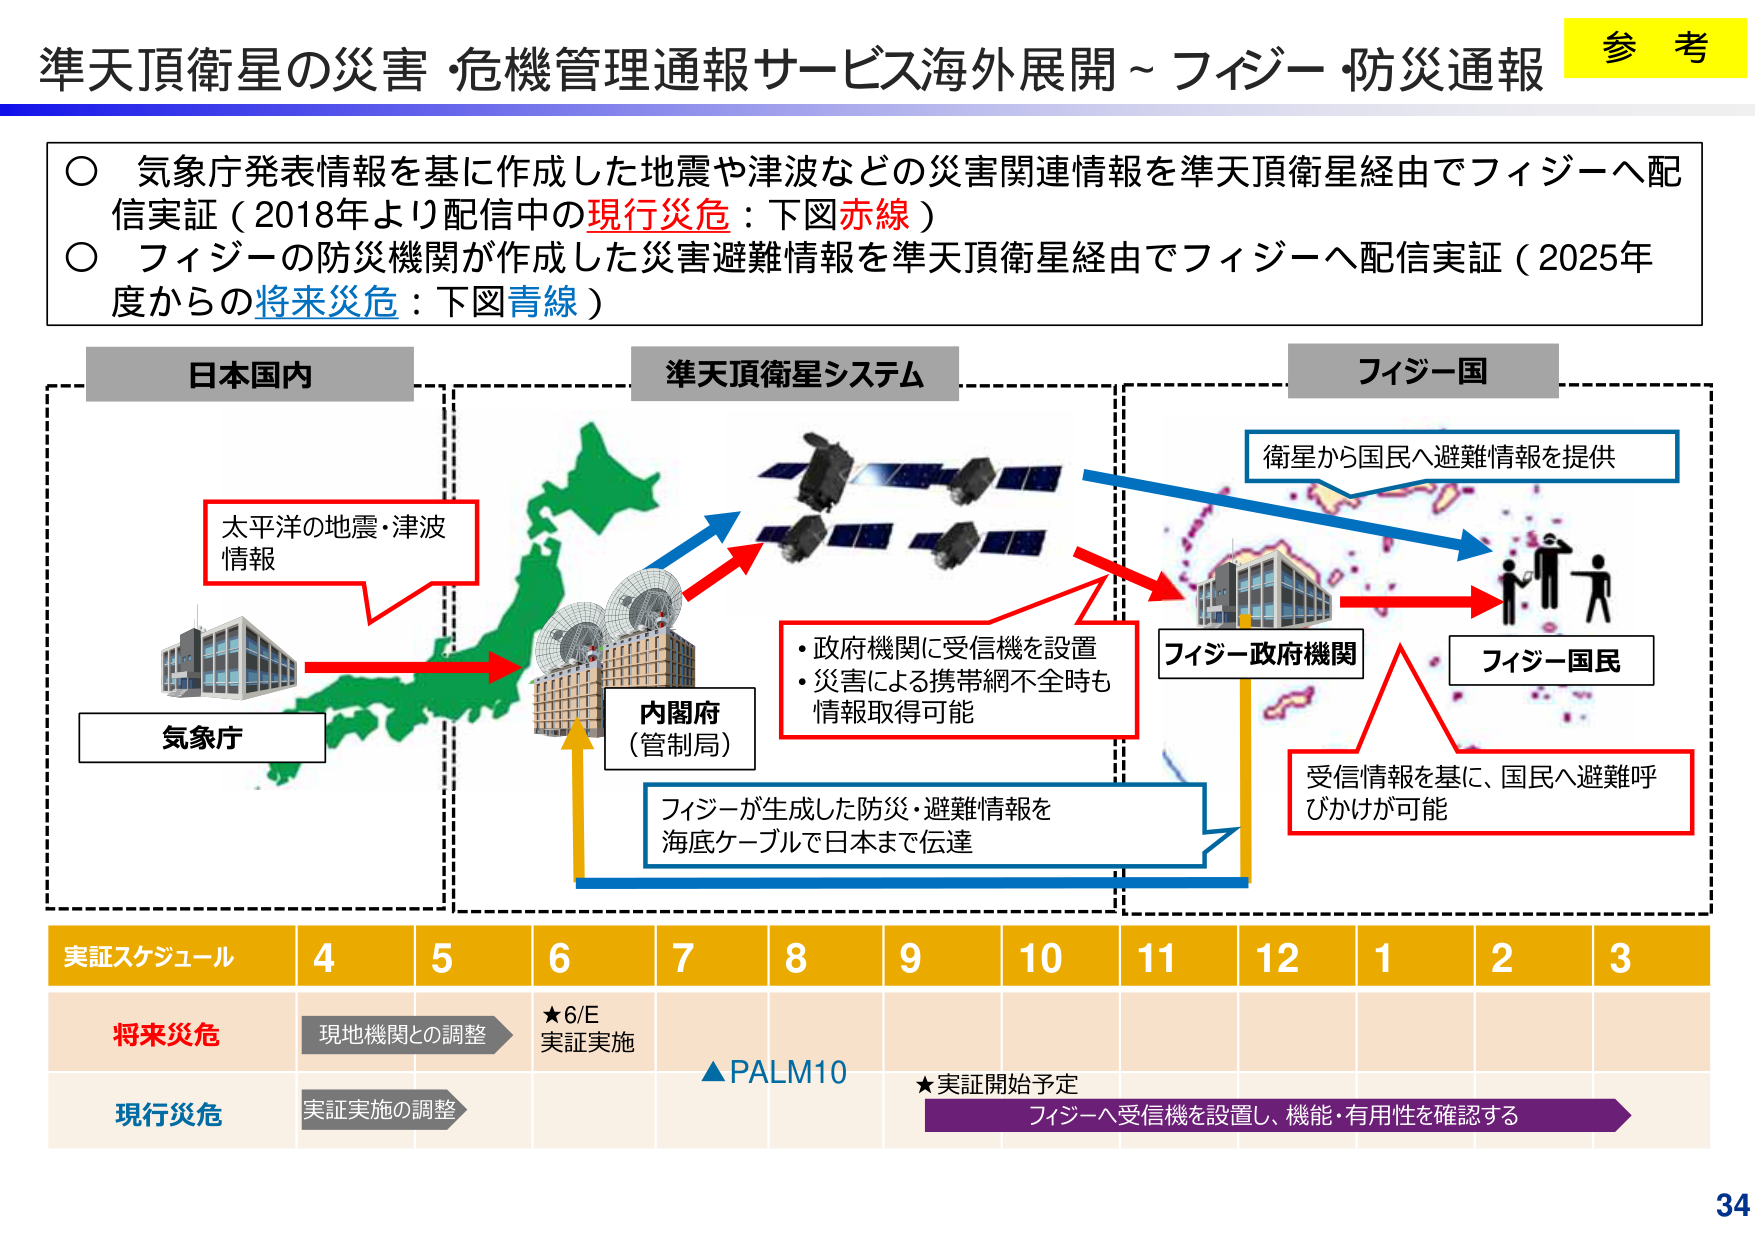
準天頂衛星の災害・危機管理通報サービス海外展開～フィジー・防災通報

参考

○ 気象庁発表情報を基に作成した地震や津波などの災害関連情報を準天頂衛星経由でフィジーへ配信実証（2018年より配信中の現行災危：下図赤線）
○ フィジーの防災機関が作成した災害避難情報を準天頂衛星経由でフィジーへ配信実証（2025年度からの将来災危：下図青線）

日本国内
準天頂衛星システム
フィジー国

気象庁
太平洋の地震・津波情報

内閣府
（管制局）

・政府機関に受信機を設置
・災害による携帯網不全時も情報取得可能

フィジー政府機関
衛星から国民へ避難情報を提供

フィジー国民

受信情報を基に、国民へ避難呼びかけが可能

フィジーが生成した防災・避難情報を海底ケーブルで日本まで伝達

実証スケジュール 4 5 6 7 8 9 10 11 12 1 2 3

将来災危
現地機関との調整
★6/E 実証実施
▲PALM10
★実証開始予定

現行災危
実証実施の調整
フィジーへ受信機を設置し、機能・有用性を確認する

34